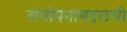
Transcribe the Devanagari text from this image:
संगोपनाबद्दलची